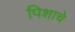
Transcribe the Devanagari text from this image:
पिशाचे